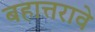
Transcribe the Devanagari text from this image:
बहात्तरावे